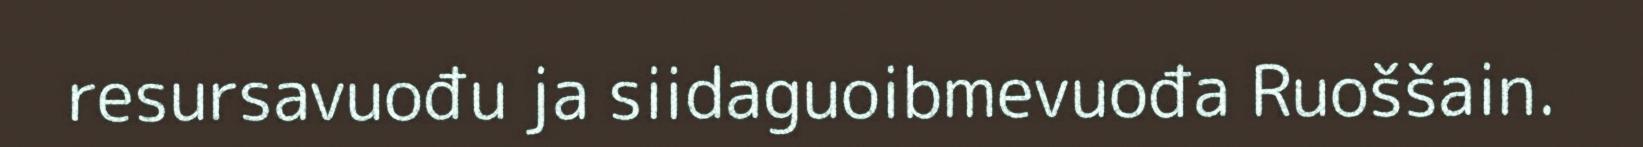
resursavuođu ja siidaguoibmevuođa Ruoššain.